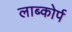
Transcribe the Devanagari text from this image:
लाब्कोर्प